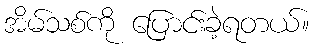
အိမ်သစ်ကို ပြောင်းခဲ့ရတယ်။